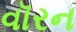
વૉરન